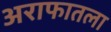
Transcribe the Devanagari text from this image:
अराफातला